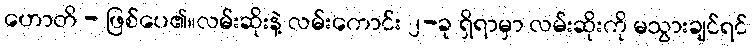
ဟောတိ - ဖြစ်ပေ၏။လမ်းဆိုးနဲ့ လမ်းကောင်း ၂-ခု ရှိရာမှာ လမ်းဆိုးကို မသွားချင်ရင်